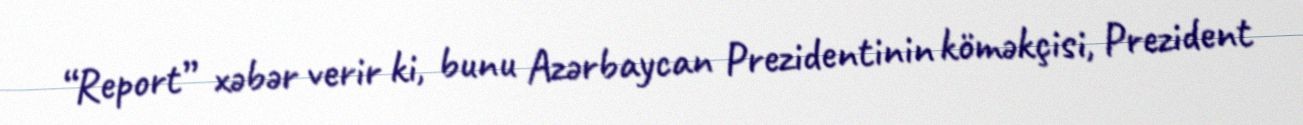
“Report” xəbər verir ki, bunu Azərbaycan Prezidentinin köməkçisi, Prezident